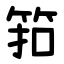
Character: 筘